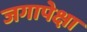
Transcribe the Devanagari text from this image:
जगापेक्षा